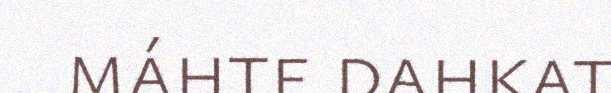
máhte dahkat